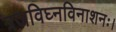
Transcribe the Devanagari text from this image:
त्रजविघ्नविनाशनः।